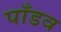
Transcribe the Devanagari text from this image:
पाँडव